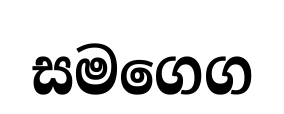
සමගෙග